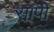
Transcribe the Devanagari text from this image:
सांपी